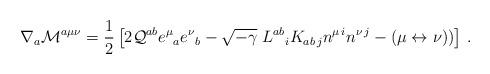
LaTeX: \begin{align*}\nabla_a {\cal M}^{a\mu\nu} = {1 \over 2}\left[ 2 {\cal Q}^{ab} e^\mu{}_a e^\nu{}_b - \sqrt{-\gamma} \; L^{ab}{}_i K_{ab\,j} n^{\mu\,i} n^{\nu\,j}- (\mu \leftrightarrow \nu)) \right]\,.\end{align*}